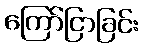
ကြော်ငြာခြင်း